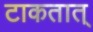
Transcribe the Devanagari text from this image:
टाकतात्